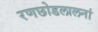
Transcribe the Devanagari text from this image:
रणछोडलालनां